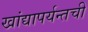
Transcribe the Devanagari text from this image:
खांद्यापर्यन्तची